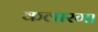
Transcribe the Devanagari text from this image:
कलारगा